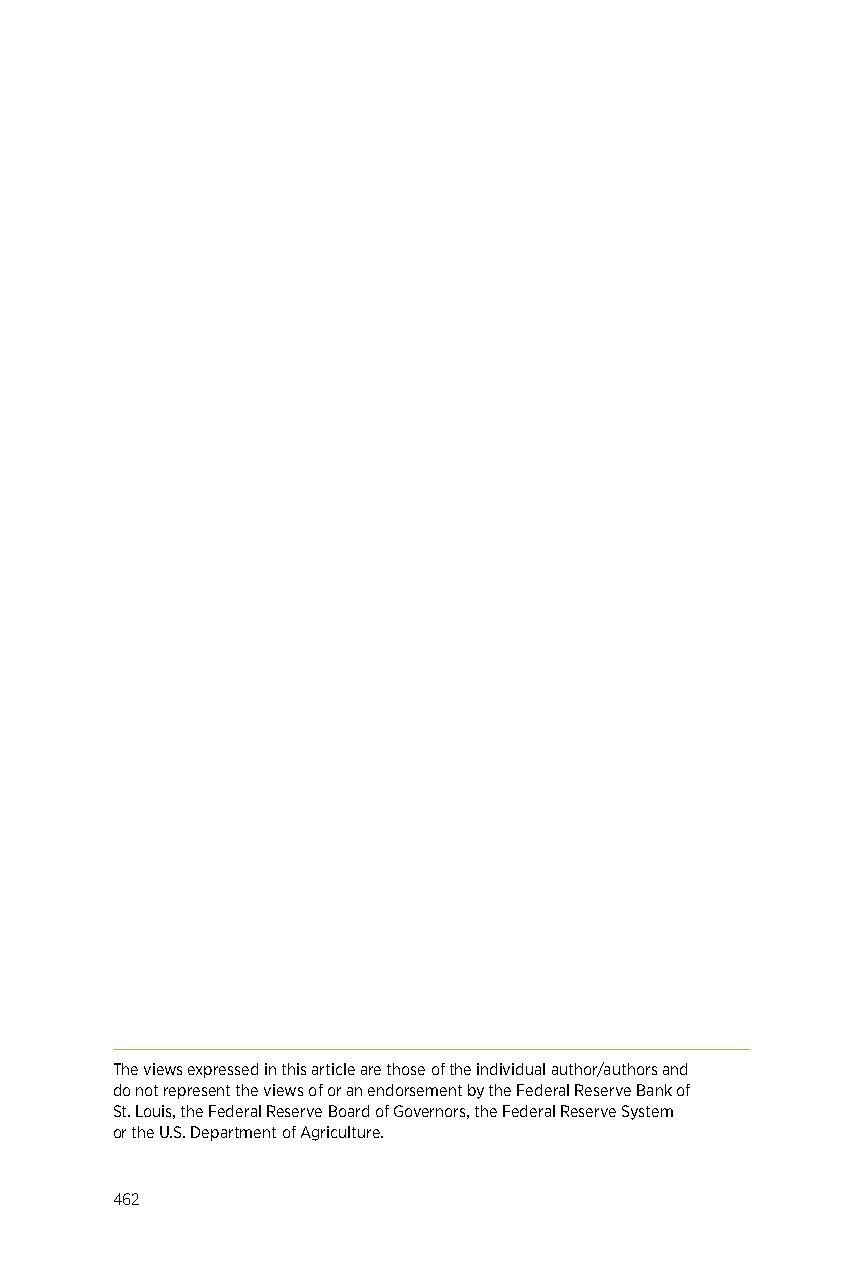
The views expressed in this article are those of the individual author/authors and
 do not represent the views of or an endorsement by the Federal Reserve Bank of
 St. Louis, the Federal Reserve Board of Governors, the Federal Reserve System
 or the U.S. Department of Agriculture.
 462